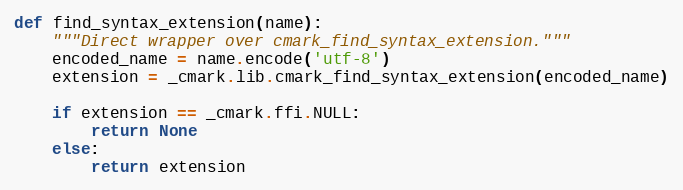
Language: Python
def find_syntax_extension(name):
    """Direct wrapper over cmark_find_syntax_extension."""
    encoded_name = name.encode('utf-8')
    extension = _cmark.lib.cmark_find_syntax_extension(encoded_name)

    if extension == _cmark.ffi.NULL:
        return None
    else:
        return extension